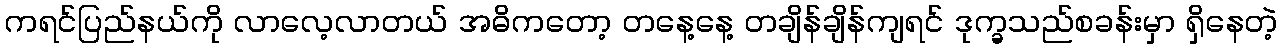
ကရင်ပြည်နယ်ကို လာလေ့လာတယ် အဓိကတော့ တနေ့နေ့ တချိန်ချိန်ကျရင် ဒုက္ခသည်စခန်းမှာ ရှိနေတဲ့